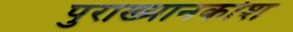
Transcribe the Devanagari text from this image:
पुराख्यानकोश